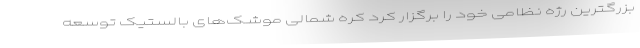
بزرگترین رژه نظامی خود را برگزار کرد کره شمالی موشک‌های بالستیک توسعه